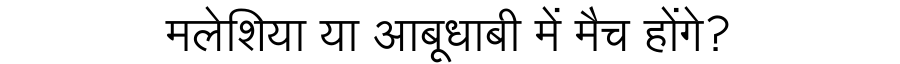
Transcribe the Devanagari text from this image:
मलेशिया या आबूधाबी में मैच होंगे?